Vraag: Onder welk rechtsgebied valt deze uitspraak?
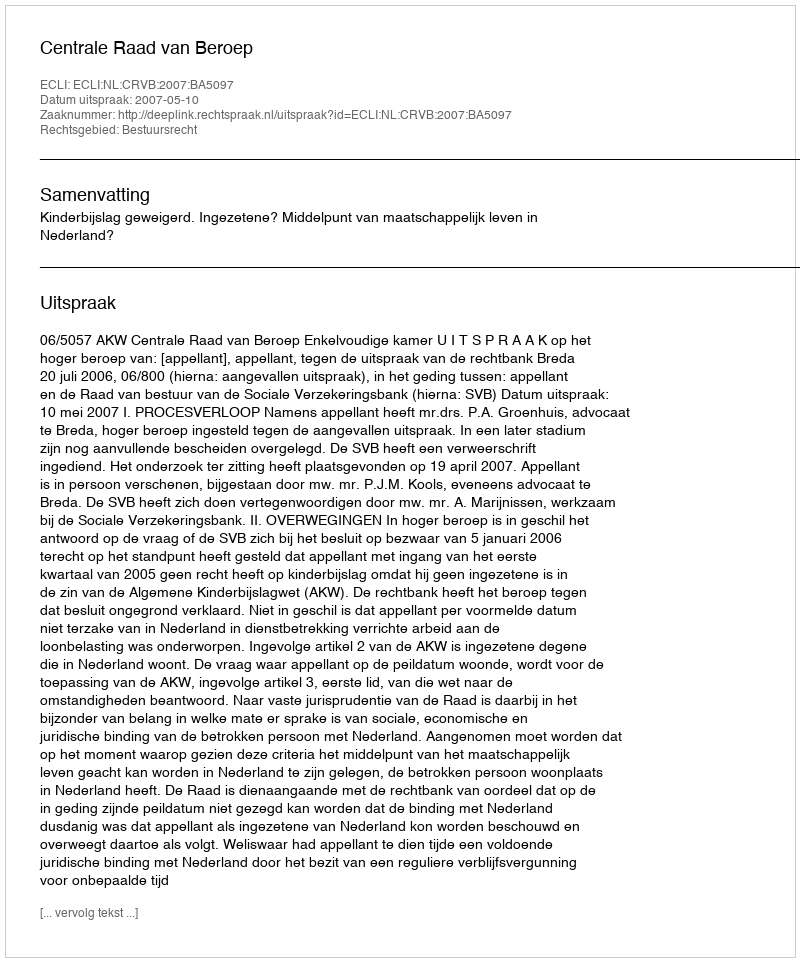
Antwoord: Bestuursrecht